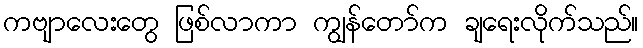
ကဗျာလေးတွေ ဖြစ်လာကာ ကျွန်တော်က ချရေးလိုက်သည်။